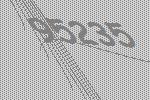
95235